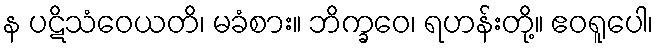
န ပဋိသံဝေယတိ၊ မခံစား။ ဘိက္ခဝေ၊ ရဟန်းတို့။ ဧဝရူပေါ၊